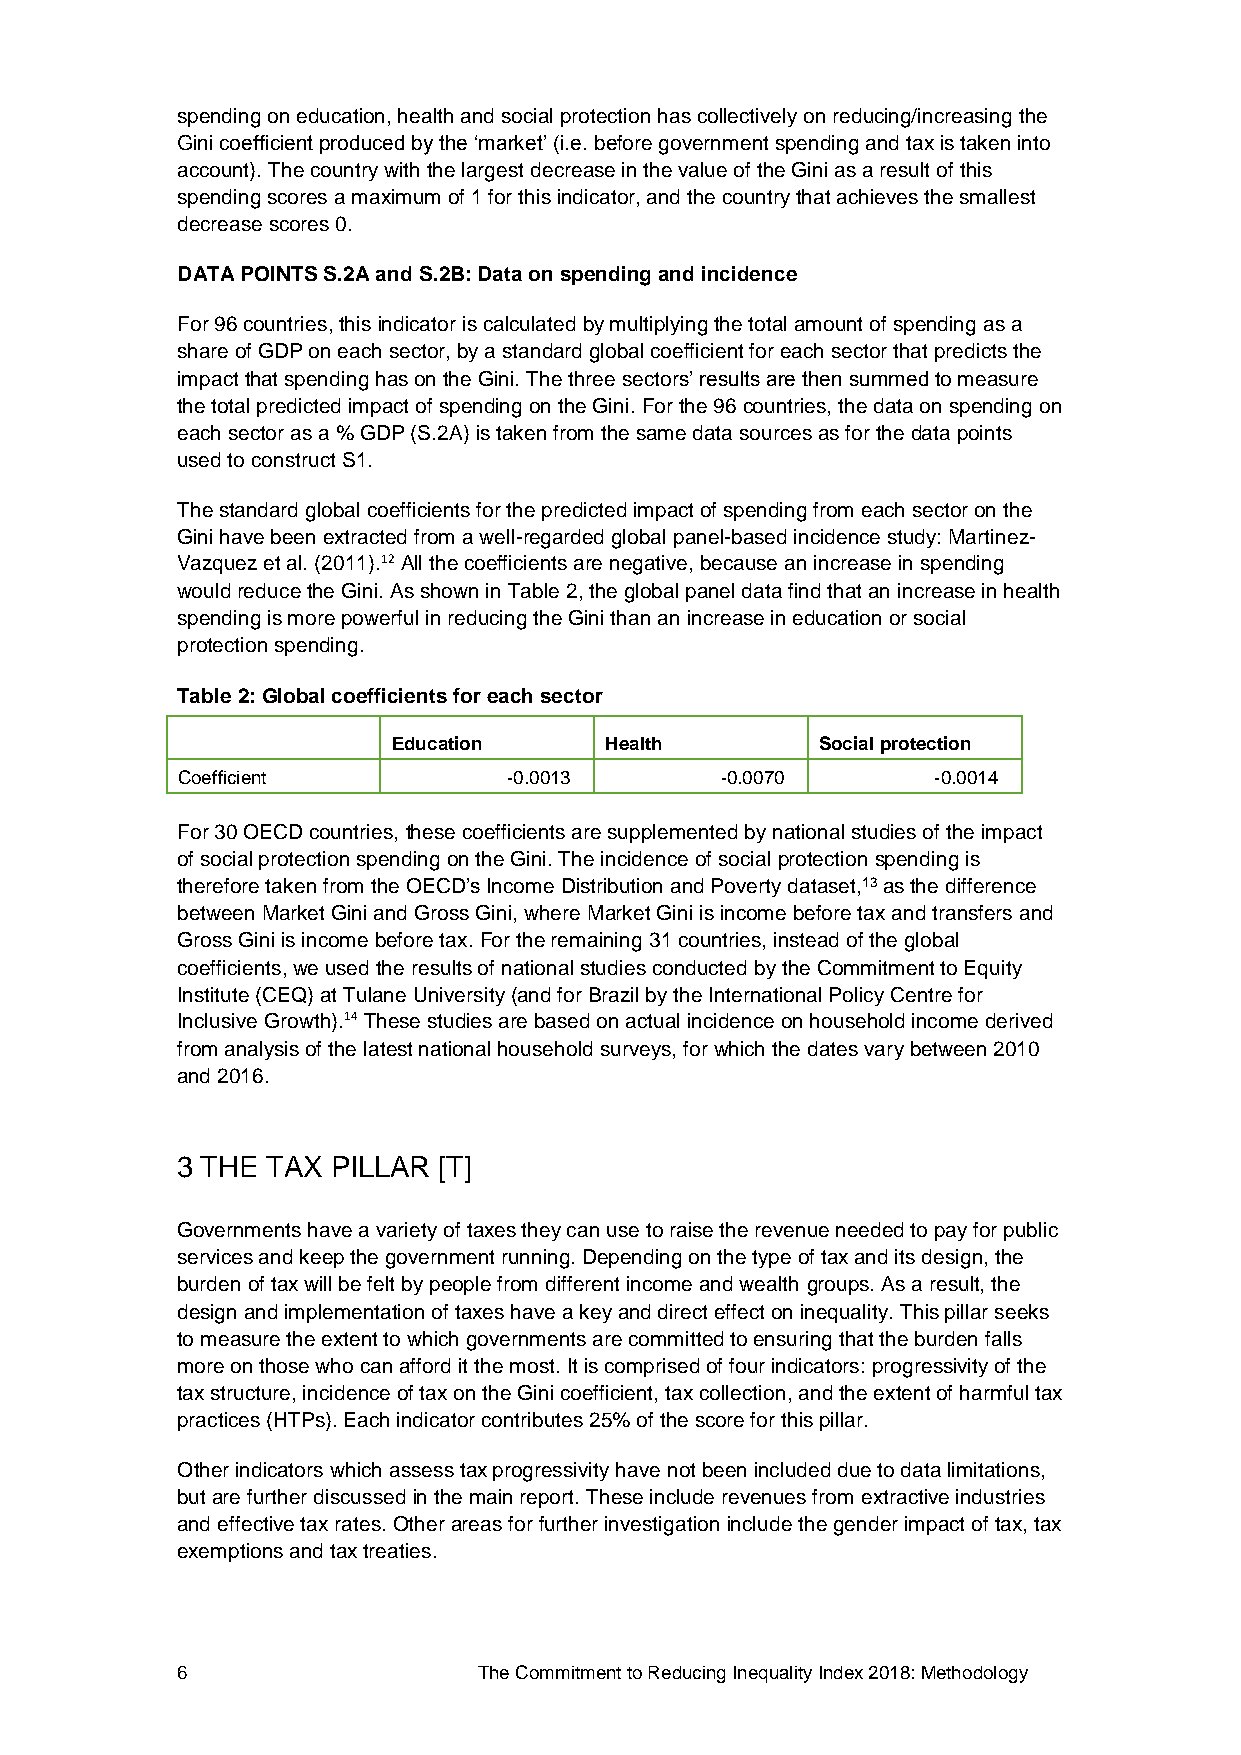
spending on education, health and social protection has collectively on reducing/increasing the
 Gini coefficient produced by the ‘market’ (i.e. before government spending and tax is taken into
 account). The country with the largest decrease in the value of the Gini as a result of this
 spending scores a maximum of 1 for this indicator, and the country that achieves the smallest
 decrease scores 0.
 DATA POINTS S.2A and S.2B: Data on spending and incidence
 For 96 countries, this indicator is calculated by multiplying the total amount of spending as a
 share of GDP on each sector, by a standard global coefficient for each sector that predicts the
 impact that spending has on the Gini. The three sectors’ results are then summed to measure
 the total predicted impact of spending on the Gini. For the 96 countries, the data on spending on
 each sector as a % GDP (S.2A) is taken from the same data sources as for the data points
 used to construct S1.
 The standard global coefficients for the predicted impact of spending from each sector on the
 Gini have been extracted from a well-regarded global panel-based incidence study: Martinez-
 Vazquez et al. (2011).12 All the coefficients are negative, because an increase in spending
 would reduce the Gini. As shown in Table 2, the global panel data find that an increase in health
 spending is more powerful in reducing the Gini than an increase in education or social
 protection spending.
 Table 2: Global coefficients for each sector
 Education     Health        Social protection
 Coefficient           -0.0013       -0.0070       -0.0014
 For 30 OECD countries, these coefficients are supplemented by national studies of the impact
 of social protection spending on the Gini. The incidence of social protection spending is
 therefore taken from the OECD’s Income Distribution and Poverty dataset,13 as the difference
 between Market Gini and Gross Gini, where Market Gini is income before tax and transfers and
 Gross Gini is income before tax. For the remaining 31 countries, instead of the global
 coefficients, we used the results of national studies conducted by the Commitment to Equity
 Institute (CEQ) at Tulane University (and for Brazil by the International Policy Centre for
 Inclusive Growth).14 These studies are based on actual incidence on household income derived
 from analysis of the latest national household surveys, for which the dates vary between 2010
 and 2016.
 3 THE TAX PILLAR [T]
 Governments have a variety of taxes they can use to raise the revenue needed to pay for public
 services and keep the government running. Depending on the type of tax and its design, the
 burden of tax will be felt by people from different income and wealth groups. As a result, the
 design and implementation of taxes have a key and direct effect on inequality. This pillar seeks
 to measure the extent to which governments are committed to ensuring that the burden falls
 more on those who can afford it the most. It is comprised of four indicators: progressivity of the
 tax structure, incidence of tax on the Gini coefficient, tax collection, and the extent of harmful tax
 practices (HTPs). Each indicator contributes 25% of the score for this pillar.
 Other indicators which assess tax progressivity have not been included due to data limitations,
 but are further discussed in the main report. These include revenues from extractive industries
 and effective tax rates. Other areas for further investigation include the gender impact of tax, tax
 exemptions and tax treaties.
 6                   The Commitment to Reducing Inequality Index 2018: Methodology